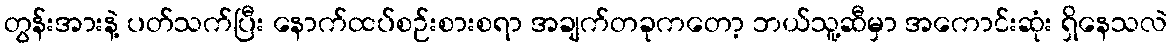
တွန်းအားနဲ့ ပတ်သက်ပြီး နောက်ထပ်စဉ်းစားစရာ အချက်တခုကတော့ ဘယ်သူ့ဆီမှာ အကောင်းဆုံး ရှိနေသလဲ